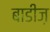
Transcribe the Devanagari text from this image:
बाडीज़